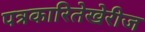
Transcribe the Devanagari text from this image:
पत्रकारितेखेरीज